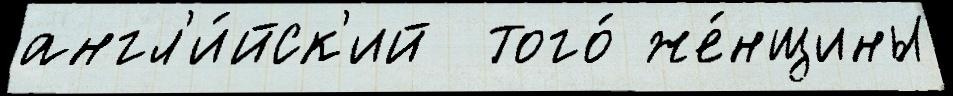
англ'и́йск'ий  того́ же́нщины